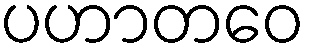
ပဟာတဝေ